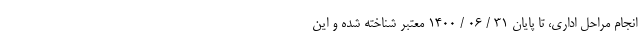
انجام مراحل اداری، تا پایان 31 / 06 / 1400 معتبر شناخته شده و این